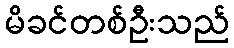
မိခင်တစ်ဦးသည်